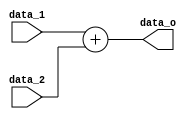
module Adder #(parameter width=32) (
	input	[width-1:0]	data_1, data_2,
	output 	[width-1:0]	data_o
);
	
	assign data_o = data_1 + data_2;

endmodule